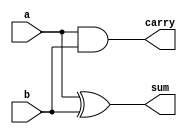
`timescale 1ns / 1ps
//////////////////////////////////////////////////////////////////////////////////
// 
// By Pratik Gupta
// 
// Module Name:    Half Adder 
//
// Description: A half adder circuit where Sum = A XOR B and 
//  Carry = A AND B
//////////////////////////////////////////////////////////////////////////////////
module halfadder(
 input a,
 input b,
 output sum,
 output carry  
 );
 
 xor(sum,a,b);
 and(carry, a,b);


endmodule